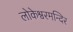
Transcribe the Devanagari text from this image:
लोकेश्वरमन्दिर